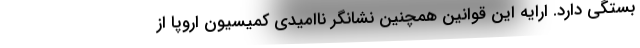
بستگی دارد. ارایه این قوانین همچنین نشانگر ناامیدی کمیسیون اروپا از